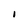
Character: I